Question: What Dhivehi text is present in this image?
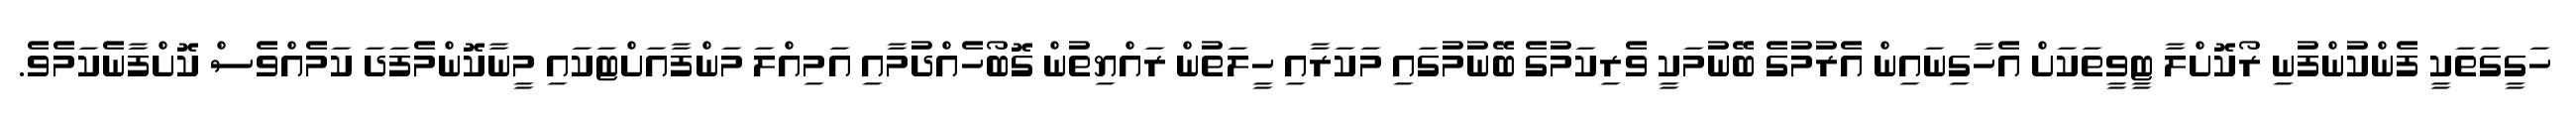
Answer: ހަގީގަތަކީ ފެންކުންފުނި ރޯކޮށްލާ ޓީވީތަކަށް އެހާގިނައިން އެރުމުގެ ބޭނުމަކީ ވެރިކަމުގެ ބޭނުމުގައި މަކަރާއި ހީލަތުން ރައްޔިތުން ގޮބޯހެއްދުމާއި އަމިއްލަ މަންފާއަށްޓަކައި މީނާކޮންމެފަދަ ކަމެއްވެސް ކޮށްފާނެކަމެވެ.